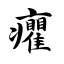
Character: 癯